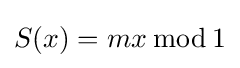
S(x)=mx\,{\bmod {\,}}1